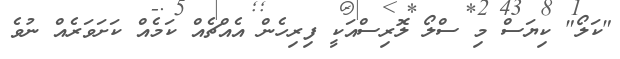
"ކަލޯ" ކިޔަސް މި ސްލޯ ލޮރިސްއަކީ ފިރިހެން އެއްޗެއް ކަމެއް ކަށަވަރެއް ނުވެ